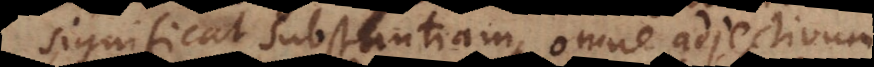
significat substantiam, omne adjectivum